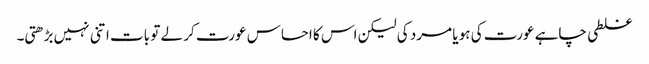
غلطی چاہے عورت کی ہو یا مرد کی لیکن اس کا احساس عورت کر لے تو بات اتنی نہیں بڑھتی۔